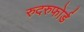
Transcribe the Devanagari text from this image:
रुदरुफोर्ड